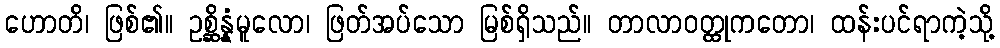
ဟောတိ၊ ဖြစ်၏။ ဥစ္ဆိန္နံမူလော၊ ဖြတ်အပ်သော မြစ်ရှိသည်။ တာလာဝတ္ထုကတော၊ ထန်းပင်ရာကဲ့သို့